Vaccine operations Central Provinces 1886-1899 - 1886-1899
Year: 1886
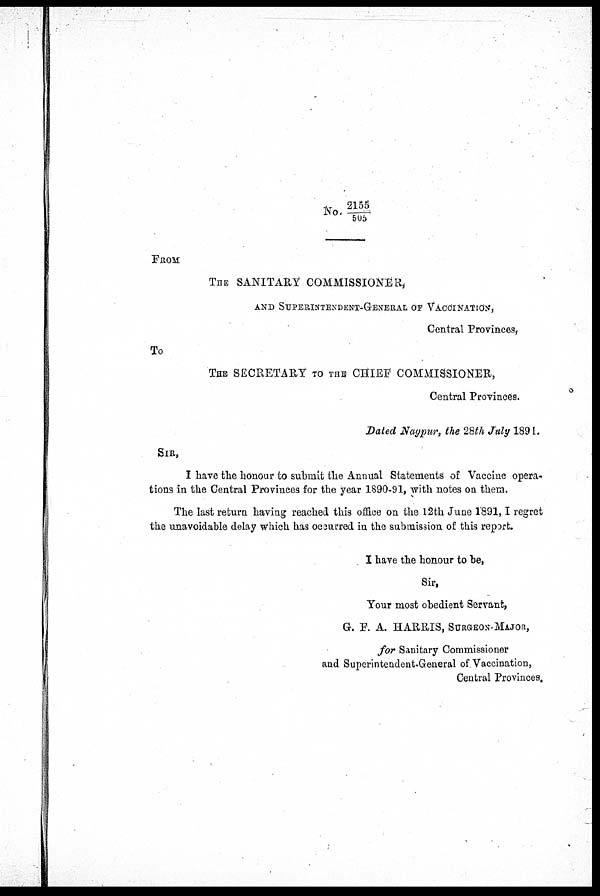
No. 2155/505
FROM
THE SANITARY COMMISSIONER,
AND SUPERINTENDENT-GENERAL OF VACCINATION,
Central Provinces,
To
THE SECRETARY TO THE CHIEF COMMISSIONER,
Central Provinces.
Dated Nagpur, the 28th July 1891.
SIR,
I have the honour to submit the Annual Statements of Vaccine opera-
tions in the Central Provinces for the year 1890-91, with notes on them.
The last return having reached this office on the 12th June 1891,I regret
the unavoidable delay which has occurred in the submission of this report.
I have the honour to be,
Sir,
Your most obedient Servant,
G. F. A. HARRIS, SURGEON- MAJOR,
for Sanitary Commissioner
and Superintendent-General of Vaccination,
Central Provinces.